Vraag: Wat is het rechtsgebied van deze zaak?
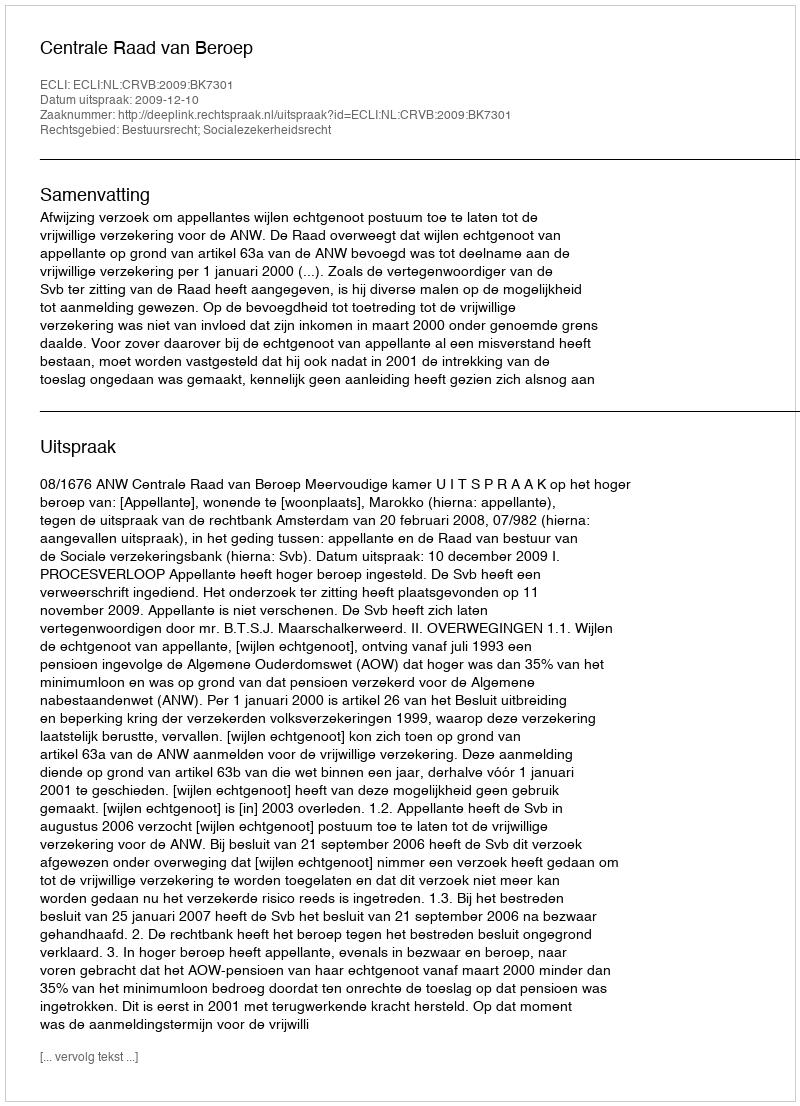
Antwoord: Bestuursrecht; Socialezekerheidsrecht